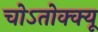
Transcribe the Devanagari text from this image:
चोऽतोक्क्यू